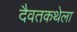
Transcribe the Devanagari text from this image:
दैवतकथेला